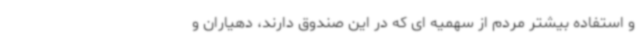
و استفاده بیشتر مردم از سهمیه ای که در این صندوق دارند، دهیاران و